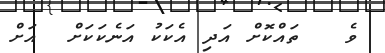
ވެ   ތައްކޮށް އަދި އެކަކު އަނެކަކަށް  އަށް